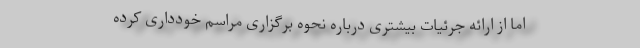
اما از ارائه جرئیات بیشتری درباره نحوه برگزاری مراسم خودداری کرده